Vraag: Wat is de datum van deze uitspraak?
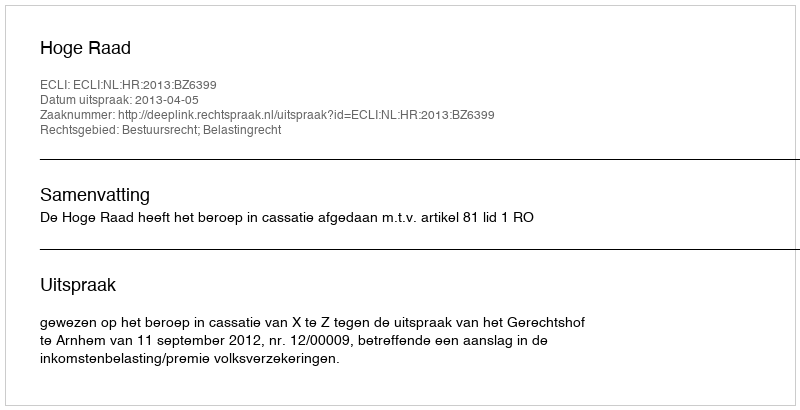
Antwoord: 2013-04-05